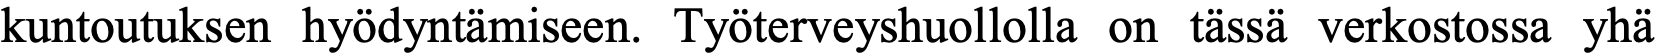
kuntoutuksen hyödyntämiseen. Työterveyshuollolla on tässä verkostossa yhä